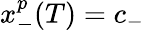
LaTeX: x_{-}^{p}(T)=c_{-}